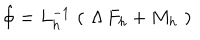
LaTeX: \hat { \phi } = L _ { h } ^ { - 1 } \, \left( \, \, \Lambda \, F _ { h } + M _ { h } \, \, \right)